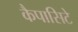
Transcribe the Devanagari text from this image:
कैपासिटे